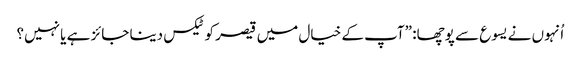
‏ اُنہوں نے یسوع سے پوچھا:‏ ”‏آپ کے خیال میں قیصر کو ٹیکس دینا جائز ہے یا نہیں؟